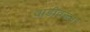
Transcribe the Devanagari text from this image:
वाडीवरून